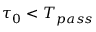
\tau _ { 0 } < T _ { p a s s }